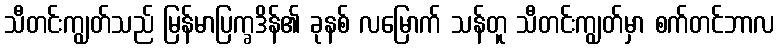
သီတင်းကျွတ်သည် မြန်မာပြက္ခဒိန်၏ ခုနစ် လမြောက် သန်တူ သီတင်းကျွတ်မှာ စက်တင်ဘာလ